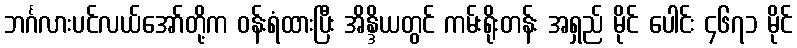
ဘင်္ဂလားပင်လယ်အော်တို့က ဝန်းရံထားပြီး အိန္ဒိယတွင် ကမ်းရိုးတန်း အရှည် မိုင် ပေါင်း ၄၆၇၁ မိုင်